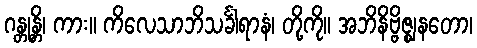
ဂန္တုန္တိ၊ ကား။ ကိလေသာဘိသင်္ခါရာနံ၊ တို့ကို။ အဘိနိဗ္ဗိဇ္ဈနတော၊